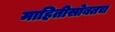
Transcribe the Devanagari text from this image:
माहितीसोबतच